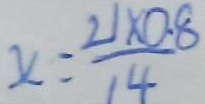
x = \frac { 2 1 \times 0 . 8 } { 1 4 }